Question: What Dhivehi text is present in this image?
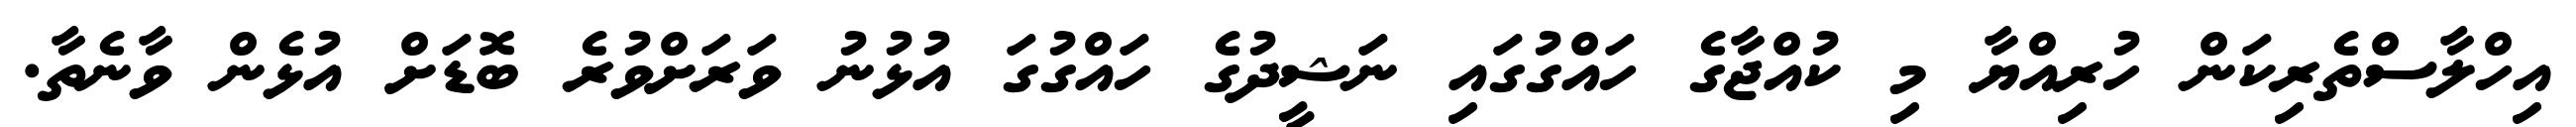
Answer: އިހްލާސްތެރިކަން ހުރިއްޔާ މި ކުއްޖާގެ ހައްގުގައި ނަޝީދުގެ ހައްގުގަ އުޅުނު ވަރަށްވުރެ ބޮޑަށް އުޅެން ވާނެތާ.